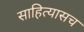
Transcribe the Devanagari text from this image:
साहित्यासच